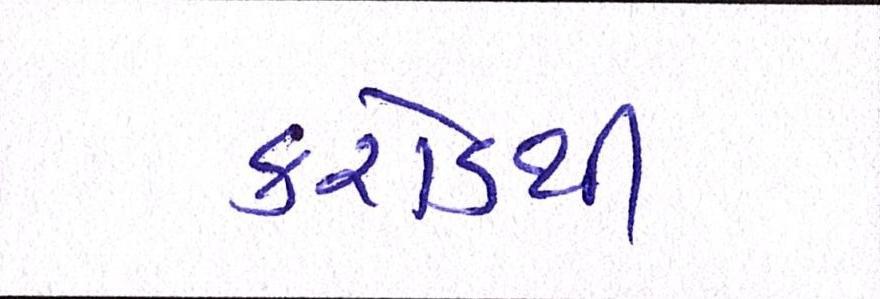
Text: કરોડથી